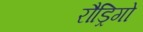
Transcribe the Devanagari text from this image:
रौड्रिगो